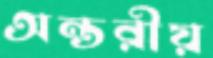
অন্তরীয়